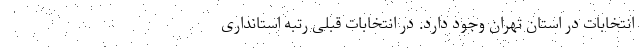
انتخابات در استان تهران وجود دارد. در انتخابات قبلی رتبه استانداری